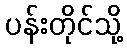
ပန်းတိုင်သို့